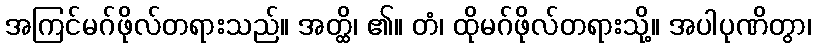
အကြင်မဂ်ဖိုလ်တရားသည်။ အတ္ထိ၊ ၏။ တံ၊ ထိုမဂ်ဖိုလ်တရားသို့။ အပါပုဏိတွာ၊